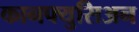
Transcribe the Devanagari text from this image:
कानफ्युसिअन